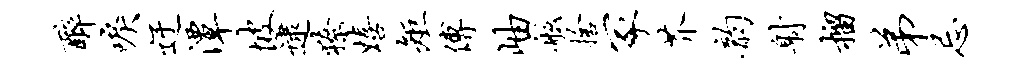
醉唳迂潭坡逮獠嬉矩傅岫舷舍冢芥韵射榴弟忌